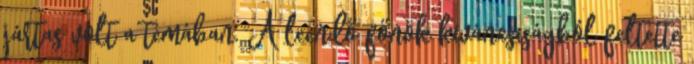
jártas volt a témában. A leendő főnök kíváncsiságból feltette